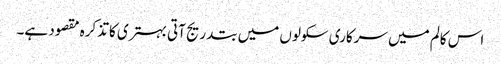
اس کالم میں سرکاری سکولوں میں بتدریج آتی بہتری کا تذکرہ مقصود ہے۔